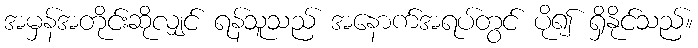
အမှန်အတိုင်းဆိုလျှင် ရန်သူသည် အနောက်အရပ်တွင် ပို၍ ရှိနိုင်သည်။